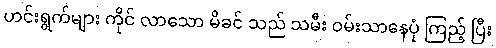
ဟင်းရွက်များ ကိုင် လာသော မိခင် သည် သမီး ဝမ်းသာနေပုံ ကြည့် ပြီး